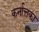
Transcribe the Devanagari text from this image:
कर्नात्तका